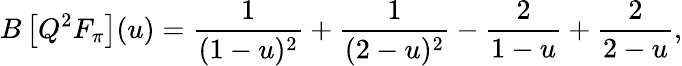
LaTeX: B\left[Q^{2}F_{\pi}\right](u)=\frac 1{(1-u)^{2}}+\frac 1{(2-u)^{2}}-\frac 2{1-u}+\frac 2{2-u},